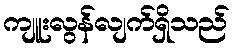
ကျူးလွန်လျက်ရှိသည်